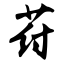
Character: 荮